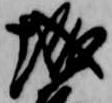
城